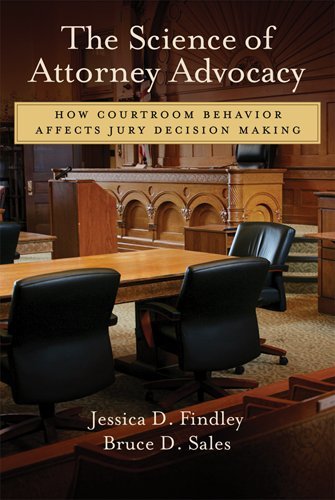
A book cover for The Science of Attorney Advocacy: How Courtroom Behavior Affects Jury Decision Making (Law and Public Policy: Psychology and the Social Sciences); Jessica D. Findley; Law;